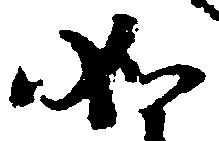
如